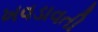
ખવડાવતી